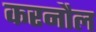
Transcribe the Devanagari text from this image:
करनौल